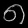
Digit: ၈